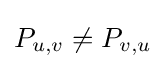
P_{u,v}\neq P_{v,u}